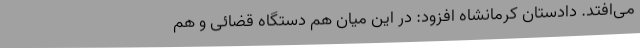
می‌افتد. دادستان کرمانشاه افزود: در این میان هم دستگاه قضائی و هم